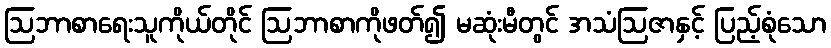
ဩဘာစာရေးသူကိုယ်တိုင် ဩဘာစာကိုဖတ်၍ မဆုံးမီတွင် အသံဩဇာနှင့် ပြည့်စုံသော